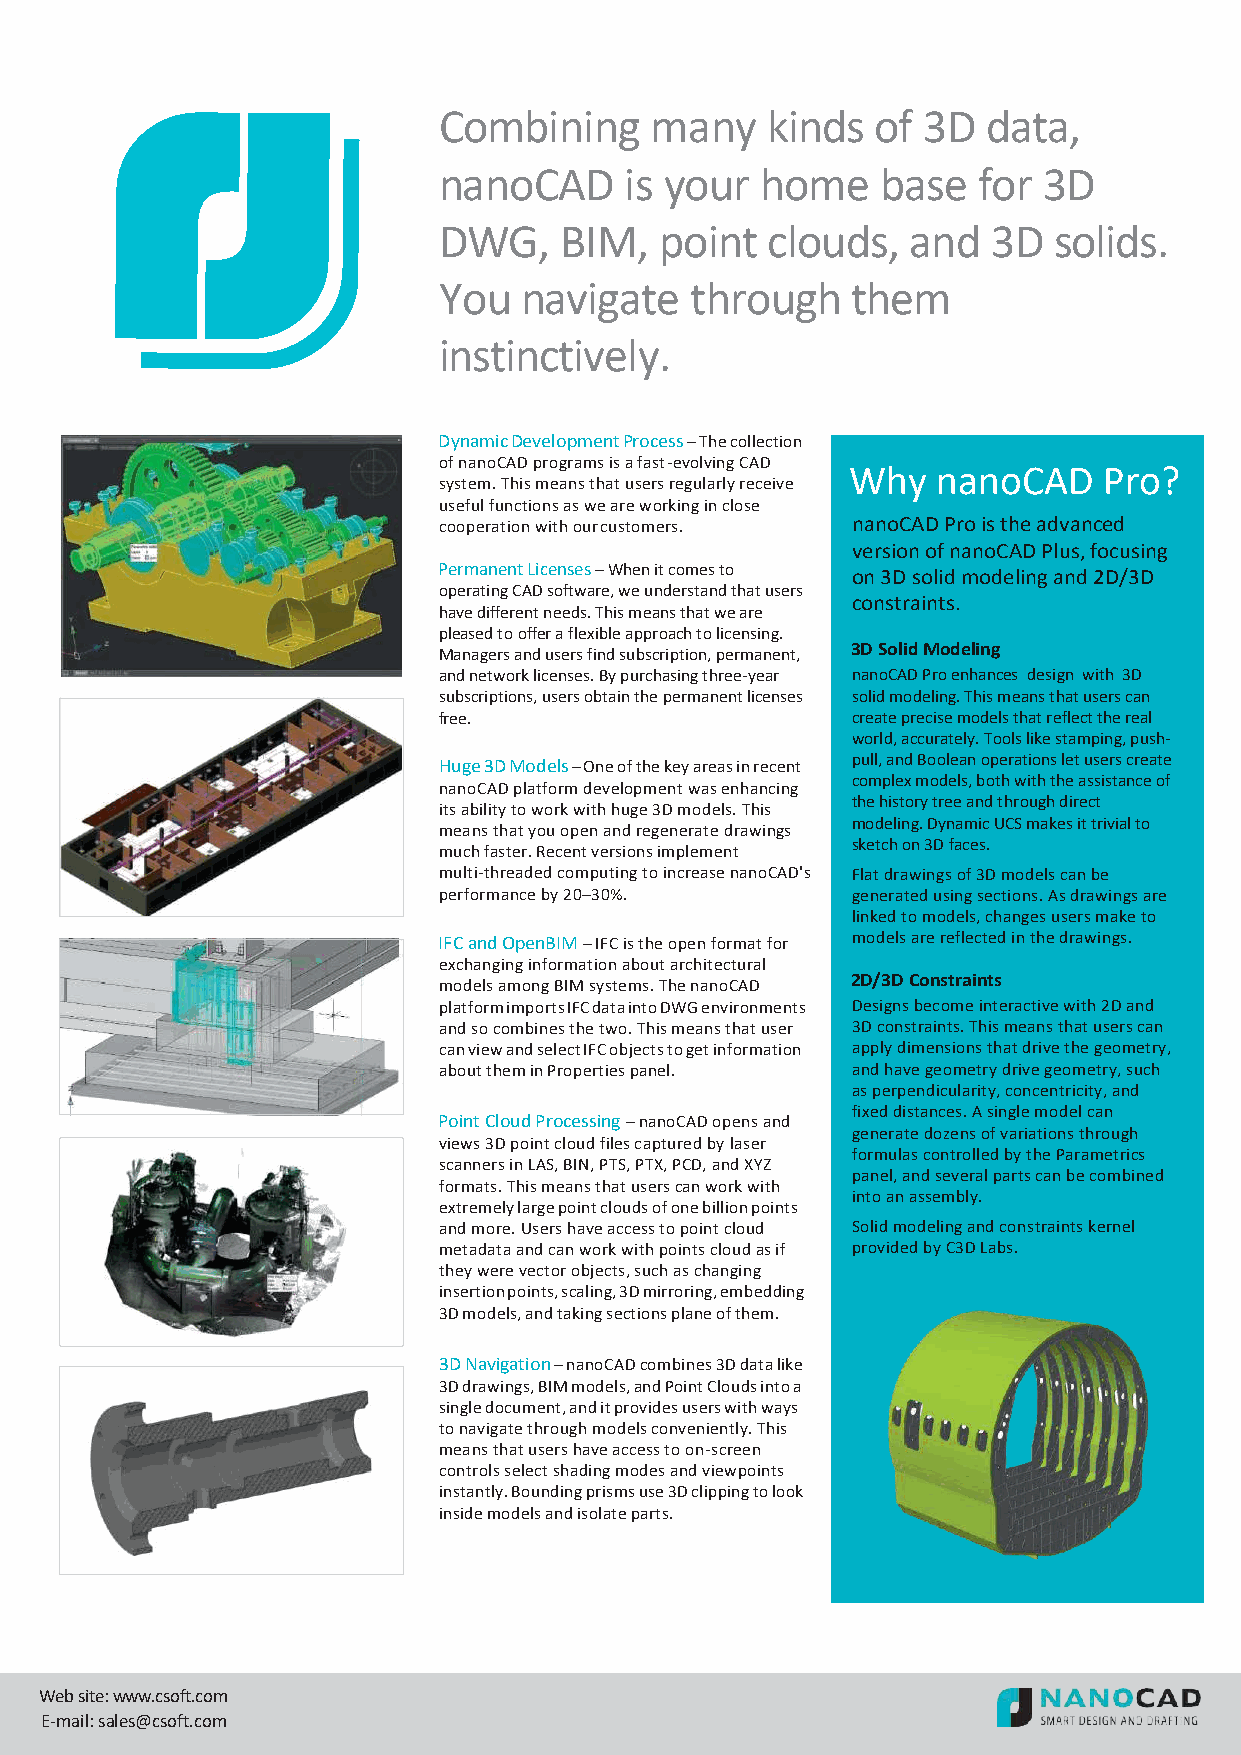
Combining     many    kinds  of 3D  data,
 nanoCAD     is your  home    base   for 3D
 DWG,    BIM,   point  clouds,  and   3D  solids.
 You   navigate   through   them
 instinctively.
 Dynamic Development Process – The collection
 of nanoCAD programs is a fast-evolving CAD
 Why   nanoCAD    Pro?
 system. This means that users regularly receive
 useful functions as we are working in close
 cooperation with our customers. nanoCAD Pro is the advanced
 version of nanoCAD Plus, focusing
 Permanent Licenses – When it comes to on 3D solid modeling and 2D/3D
 operating CAD software, we understand that users
 constraints.
 have different needs. This means that we are
 pleased to offer a flexible approach to licensing.
 3D Solid Modeling
 Managers and users find subscription, permanent,
 and network licenses. By purchasing three-year nanoCAD Pro enhances design with 3D
 subscriptions, users obtain the permanent licenses solid modeling. This means that users can
 free.                      create precise models that reflect the real
 world, accurately. Tools like stamping, push-
 Huge 3D Models – One of the key areas in recent pull, and Boolean operations let users create
 complex models, both with the assistance of
 nanoCAD platform development was enhancing
 the history tree and through direct
 its ability to work with huge 3D models. This
 modeling. Dynamic UCS makes it trivial to
 means that you open and regenerate drawings
 sketch on 3D faces.
 much faster. Recent versions implement
 multi-threaded computing to increase nanoCAD's Flat drawings of 3D models can be
 performance by 20–30%.     generated using sections. As drawings are
 linked to models, changes users make to
 IFC and OpenBIM – IFC is the open format for models are reflected in the drawings.
 exchanging information about architectural
 2D/3D Constraints
 models among BIM systems. The nanoCAD
 platform imports IFC data into DWG environments Designs become interactive with 2D and
 and so combines the two. This means that user 3D constraints. This means that users can
 can view and select IFC objects to get information apply dimensions that drive the geometry,
 about them in Properties panel. and have geometry drive geometry, such
 as perpendicularity, concentricity, and
 fixed distances. A single model can
 Point Cloud Processing – nanoCAD opens and
 generate dozens of variations through
 views 3D point cloud files captured by laser
 formulas controlled by the Parametrics
 scanners in LAS, BIN, PTS, PTX, PCD, and XYZ
 panel, and several parts can be combined
 formats. This means that users can work with
 into an assembly.
 extremely large point clouds of one billion points
 and more. Users have access to point cloud Solid modeling and constraints kernel
 metadata and can work with points cloud as if provided by C3D Labs.
 they were vector objects, such as changing
 insertion points, scaling, 3D mirroring, embedding
 3D models, and taking sections plane of them.
 3D Navigation – nanoCAD combines 3D data like
 3D drawings, BIM models, and Point Clouds into a
 single document, and it provides users with ways
 to navigate through models conveniently. This
 means that users have access to on-screen
 controls select shading modes and viewpoints
 instantly. Bounding prisms use 3D clipping to look
 inside models and isolate parts.
 Web site: www.csoft.com
 E-mail: sales@csoft.com